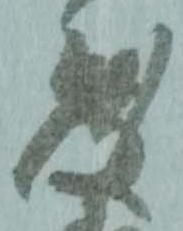
度